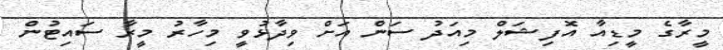
މީރާގެ މީޑިއާ އޮފިޝަލް މިއަދު ސަން އަށް ވިދާޅުވީ މިހާރު މީރާ ސައިޓުން